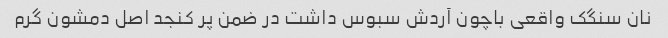
نان سنگک واقعی باچون آردش سبوس داشت در ضمن پر کنجد اصل دمشون گرم